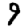
Digit: 9